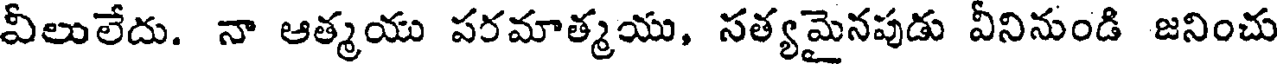
వీలులేదు. నా ఆత్మయు పరమాత్మయు, సత్యమైనపుడు వీనినుండి జనించు